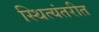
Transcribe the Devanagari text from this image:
स्थित्यंतरीत